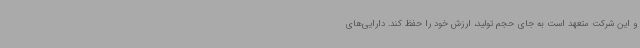
و این شرکت متعهد است به جای حجم تولید، ارزش خود را حفظ کند. دارایی‌های